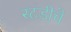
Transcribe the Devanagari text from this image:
स्टडीचे